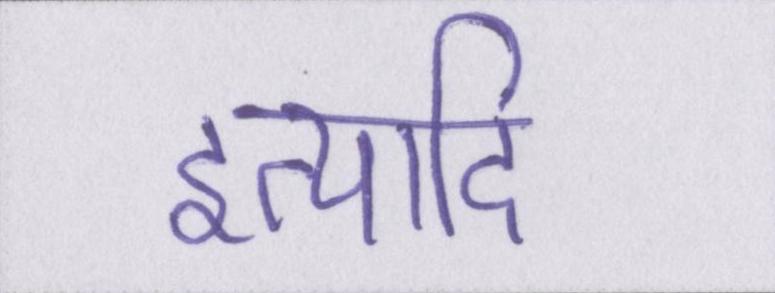
इत्यादि